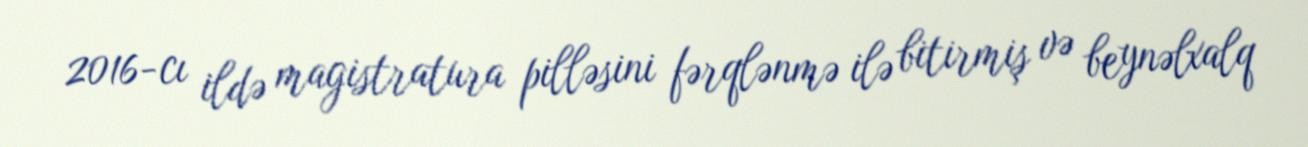
2016-cı ildə magistratura pilləsini fərqlənmə ilə bitirmiş və beynəlxalq